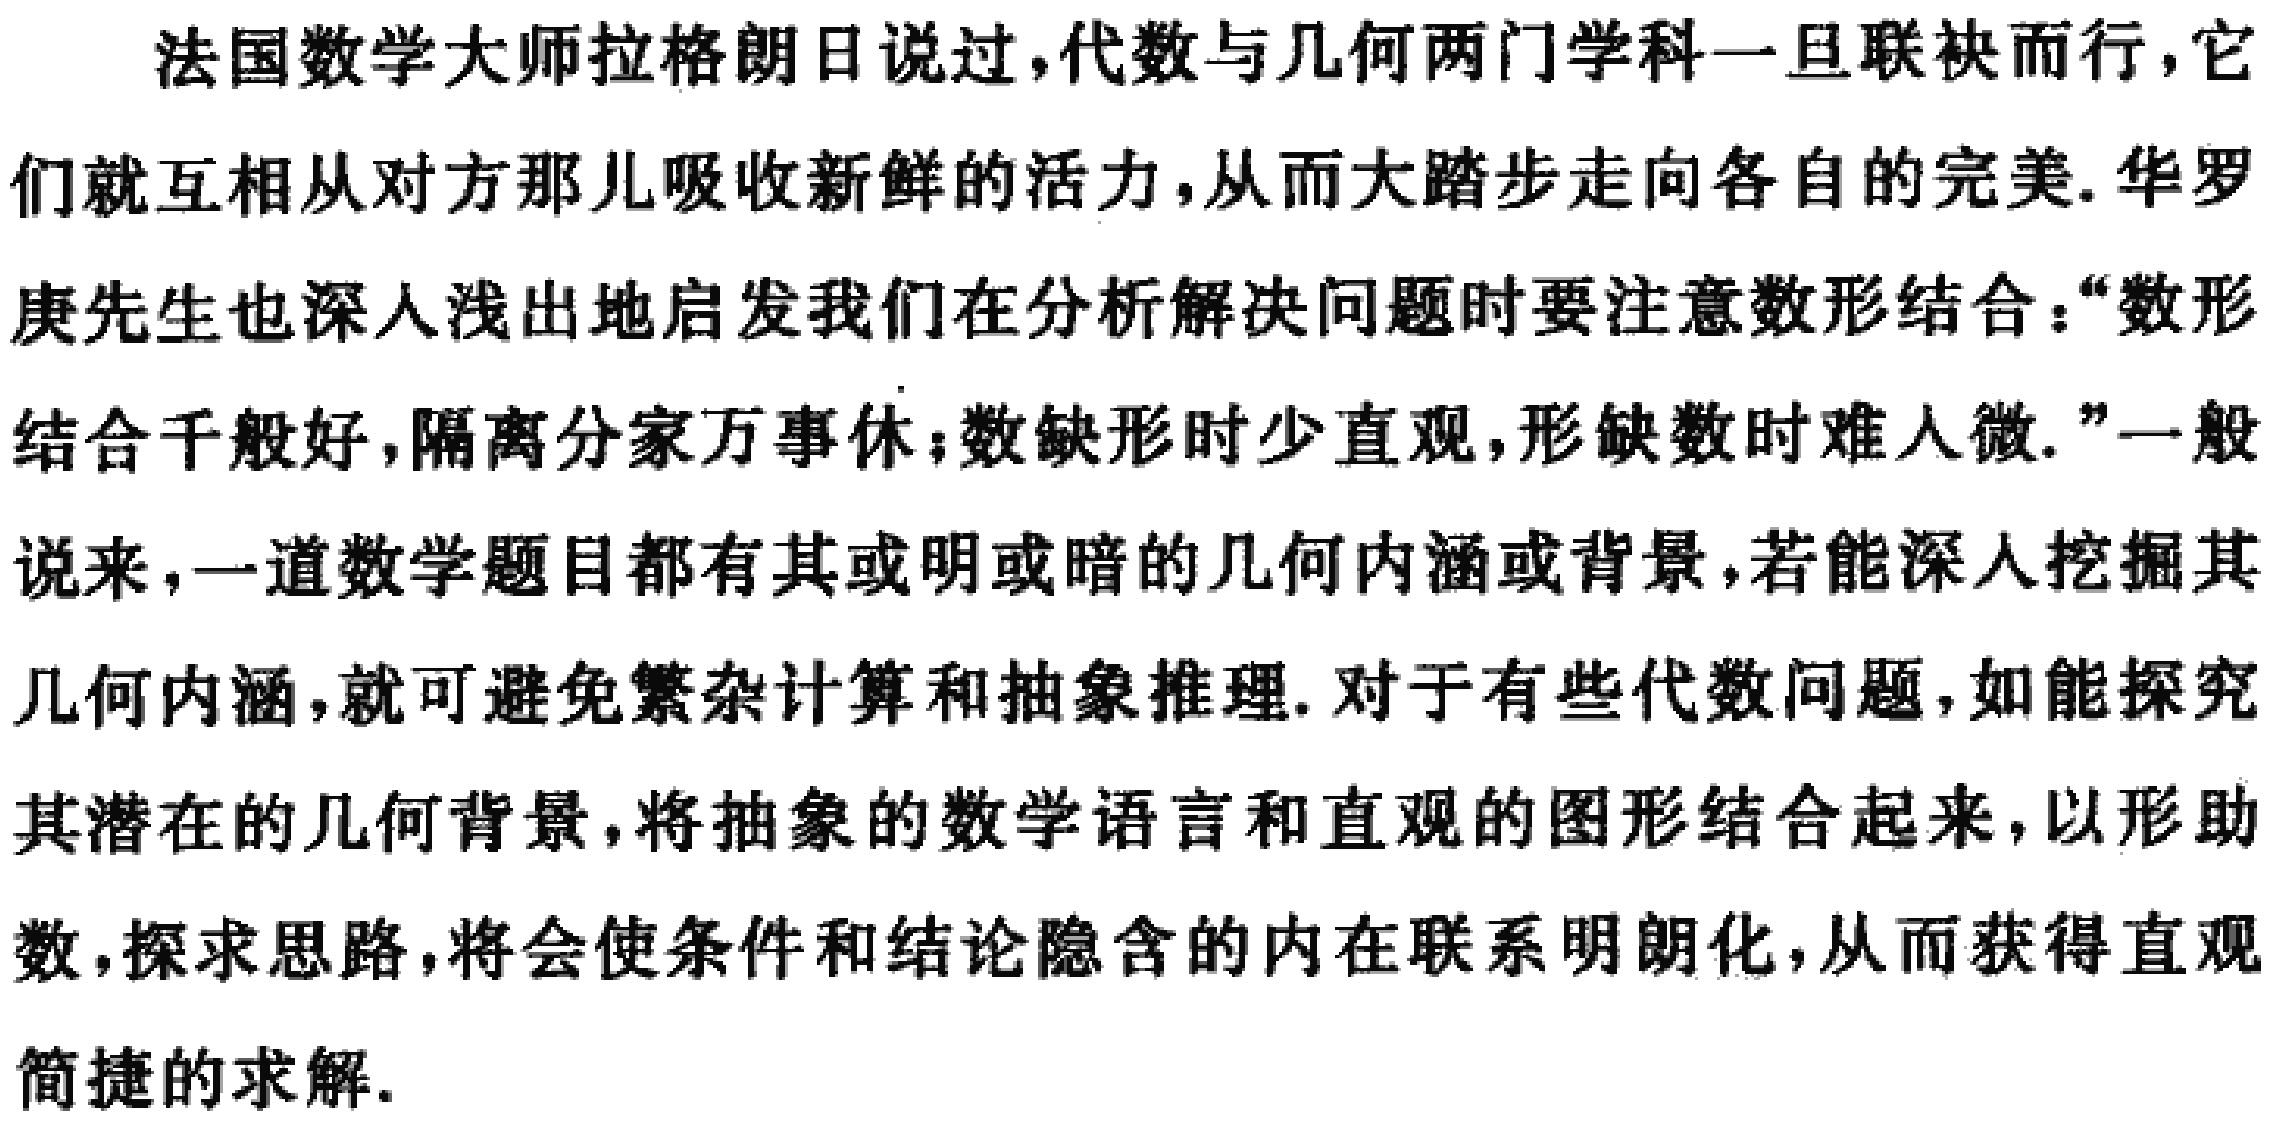
法国数学大师拉格朗日说过，代数与几何两门学科一旦联袂而行，它们就互相从对方那儿吸收新鲜的活力，从而大踏步走向各自的完美. 华罗庚先生也深入浅出地启发我们在分析解决问题时要注意数形结合：“数形结合千般好，隔离分家万事休；数缺形时少直观，形缺数时难入微.”一般说来，一道数学题目都有其或明或暗的几何内涵或背景，若能深入挖掘其几何内涵，就可避免繁杂计算和抽象推理. 对于有些代数问题，如能探究其潜在的几何背景，将抽象的数学语言和直观的图形结合起来，以形助数，探求思路，将会使条件和结论隐含的内在联系明朗化，从而获得直观简捷的求解.